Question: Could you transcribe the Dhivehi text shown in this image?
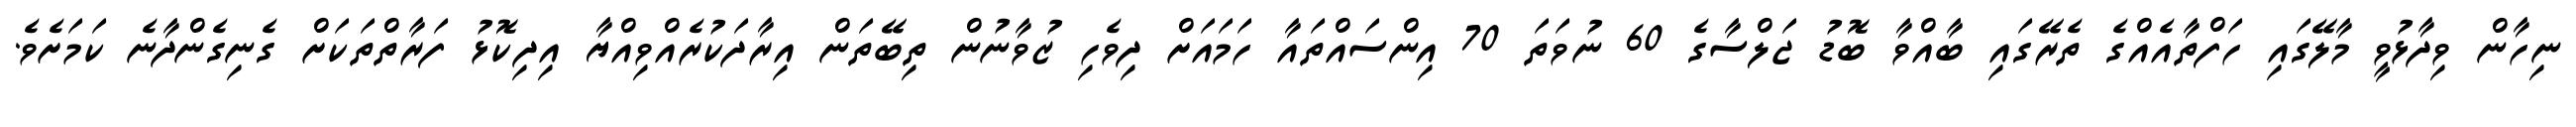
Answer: ނިހާން ވިދާޅުވީ މާލޭގައި ހަފްތާއެއްގެ ތެރޭގައި ބާއްވާ ބޮޑު ޖަލްސާގެ 60 ނުވަތަ 70 އިންސައްތައާ ހަމައަށް ދިވެހި ޒުވާނުން ތިބޭތަން އިރާދަކުރެއްވިއްޔާ އިދިކޮޅު ފަރާތްތަކަށް ގެނިގެންދާނެ ކަމަށެވެ.